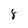
Character: 8